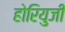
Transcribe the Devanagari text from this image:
होरियुजी